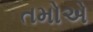
તમોએ